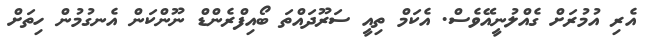
އެރި އުމުރަށް ގެއްލުނީއޭވެސް. އެކަމް ތިއީ ސަރޫދައްތަ ބޯއިފްރެންޑް ނޫންކަން އެނގުމުން ހިތަށް